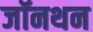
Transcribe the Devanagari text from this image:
जॉनथन